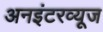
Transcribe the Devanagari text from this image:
अनइंटरव्यूज